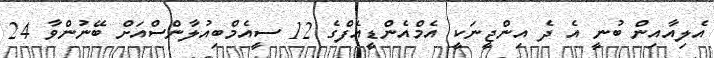
އެލިއާއިން ބުނީ އެ ދެ އިންޖީނަކީ އެމްއެންޑީއެފްގެ 12 ސީއެމްބިއުލާންސްއަށް ބޭނުންވާ 24